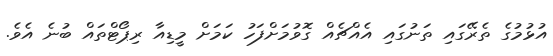
އުޅުމުގެ ތެރޭގައި ތަނުގައި އެއްޗެއް ގޮވުމަށްފަހު ކަމަށް މީޑިއާ ރިޕޯޓްތައް ބުނެ އެވެ.